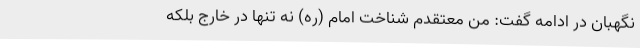
نگهبان در ادامه گفت: من معتقدم شناخت امام (ره) نه تنها در خارج بلکه